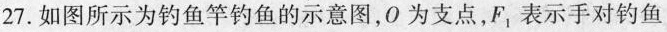
27. 如图所示为钓鱼竿钓鱼的示意图，0为支点，F_{1}表示手对钓鱼